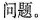
问题。